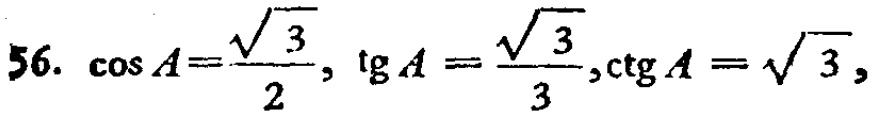
\(56.\ \cos A=\frac{\sqrt{3}}{2},\ \tg A = \frac{\sqrt{3}}{3},\ctg A = \sqrt{3},\)